Report of the King Institute of Preventive Medicine, Guindy
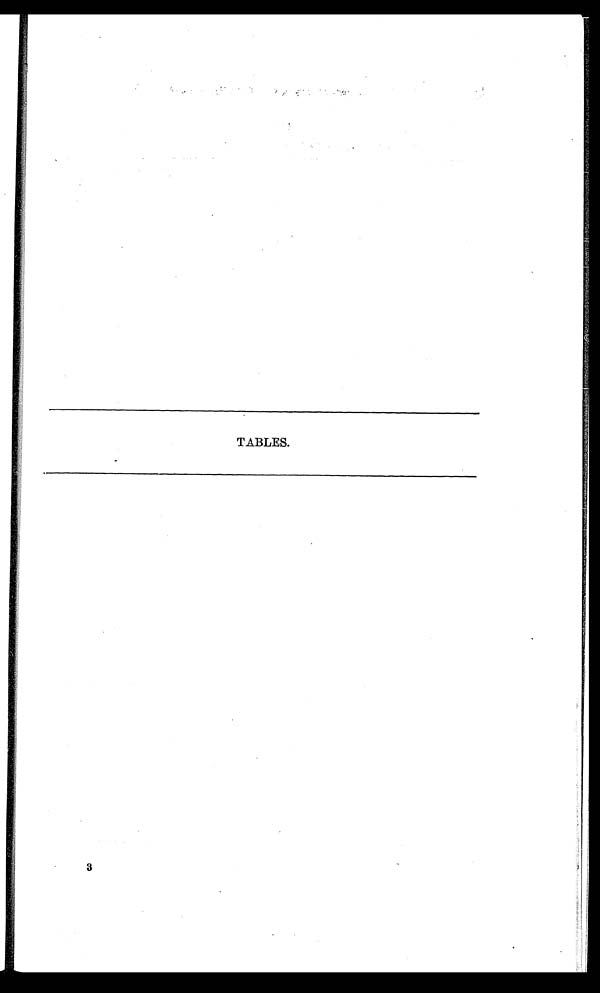
TABLES.
3